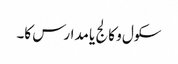
سکول و کالج یا مدارس کا۔